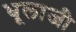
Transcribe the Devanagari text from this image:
धूलाजी